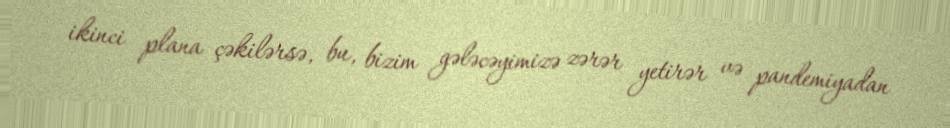
ikinci plana çəkilərsə, bu, bizim gələcəyimizə zərər yetirər və pandemiyadan